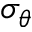
\sigma _ { \theta }